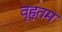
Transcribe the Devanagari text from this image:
वृहतम